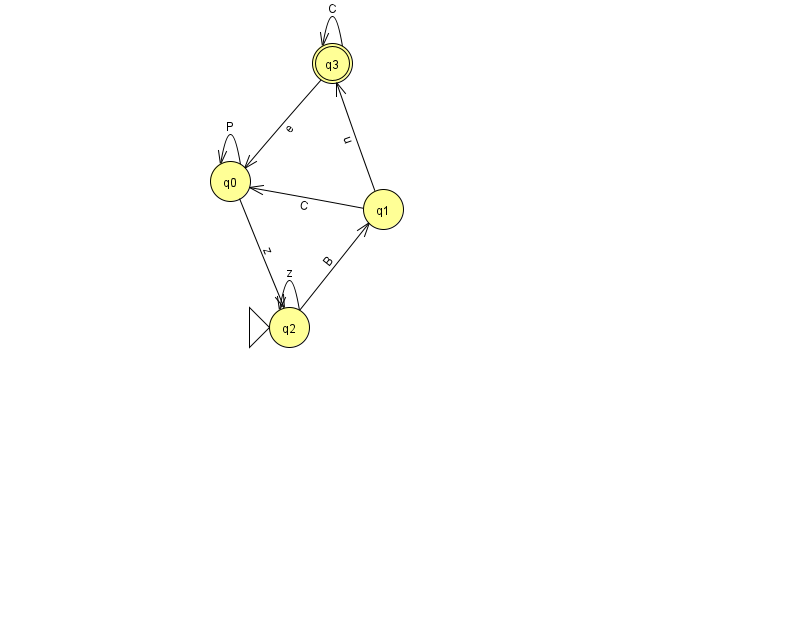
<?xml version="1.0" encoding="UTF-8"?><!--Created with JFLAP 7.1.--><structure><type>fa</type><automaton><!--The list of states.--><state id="0" name="q0"><x>230.0</x><y>168.0</y></state><state id="1" name="q1"><x>383.0</x><y>196.0</y></state><state id="2" name="q2"><x>289.0</x><y>314.0</y><initial/></state><state id="3" name="q3"><x>332.0</x><y>50.0</y><final/></state><!--The list of transitions.--><transition><from>0</from><to>0</to><read>P</read></transition><transition><from>2</from><to>1</to><read>B</read></transition><transition><from>3</from><to>3</to><read>C</read></transition><transition><from>1</from><to>0</to><read>C</read></transition><transition><from>1</from><to>3</to><read>u</read></transition><transition><from>2</from><to>2</to><read>z</read></transition><transition><from>0</from><to>2</to><read>z</read></transition><transition><from>3</from><to>0</to><read>e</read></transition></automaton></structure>